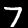
Digit: 7